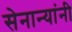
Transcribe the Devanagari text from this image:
सेनान्यांनी